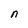
Character: n